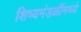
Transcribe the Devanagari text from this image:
शिष्यमंडळींमध्ये